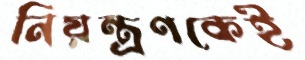
নিয়ন্ত্রণকেই